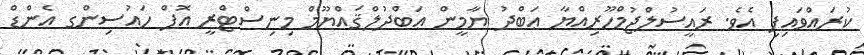
ކުރައްވައިފި އެވެ. ރައީސުލްޖުމްހޫރިއްޔާ ޢަބްދު ޔާމީން ޢަބްދުލްޤައްޔޫމް މިނިސްޓްރީ އޮފް ހައުސިންގ އެންޑް